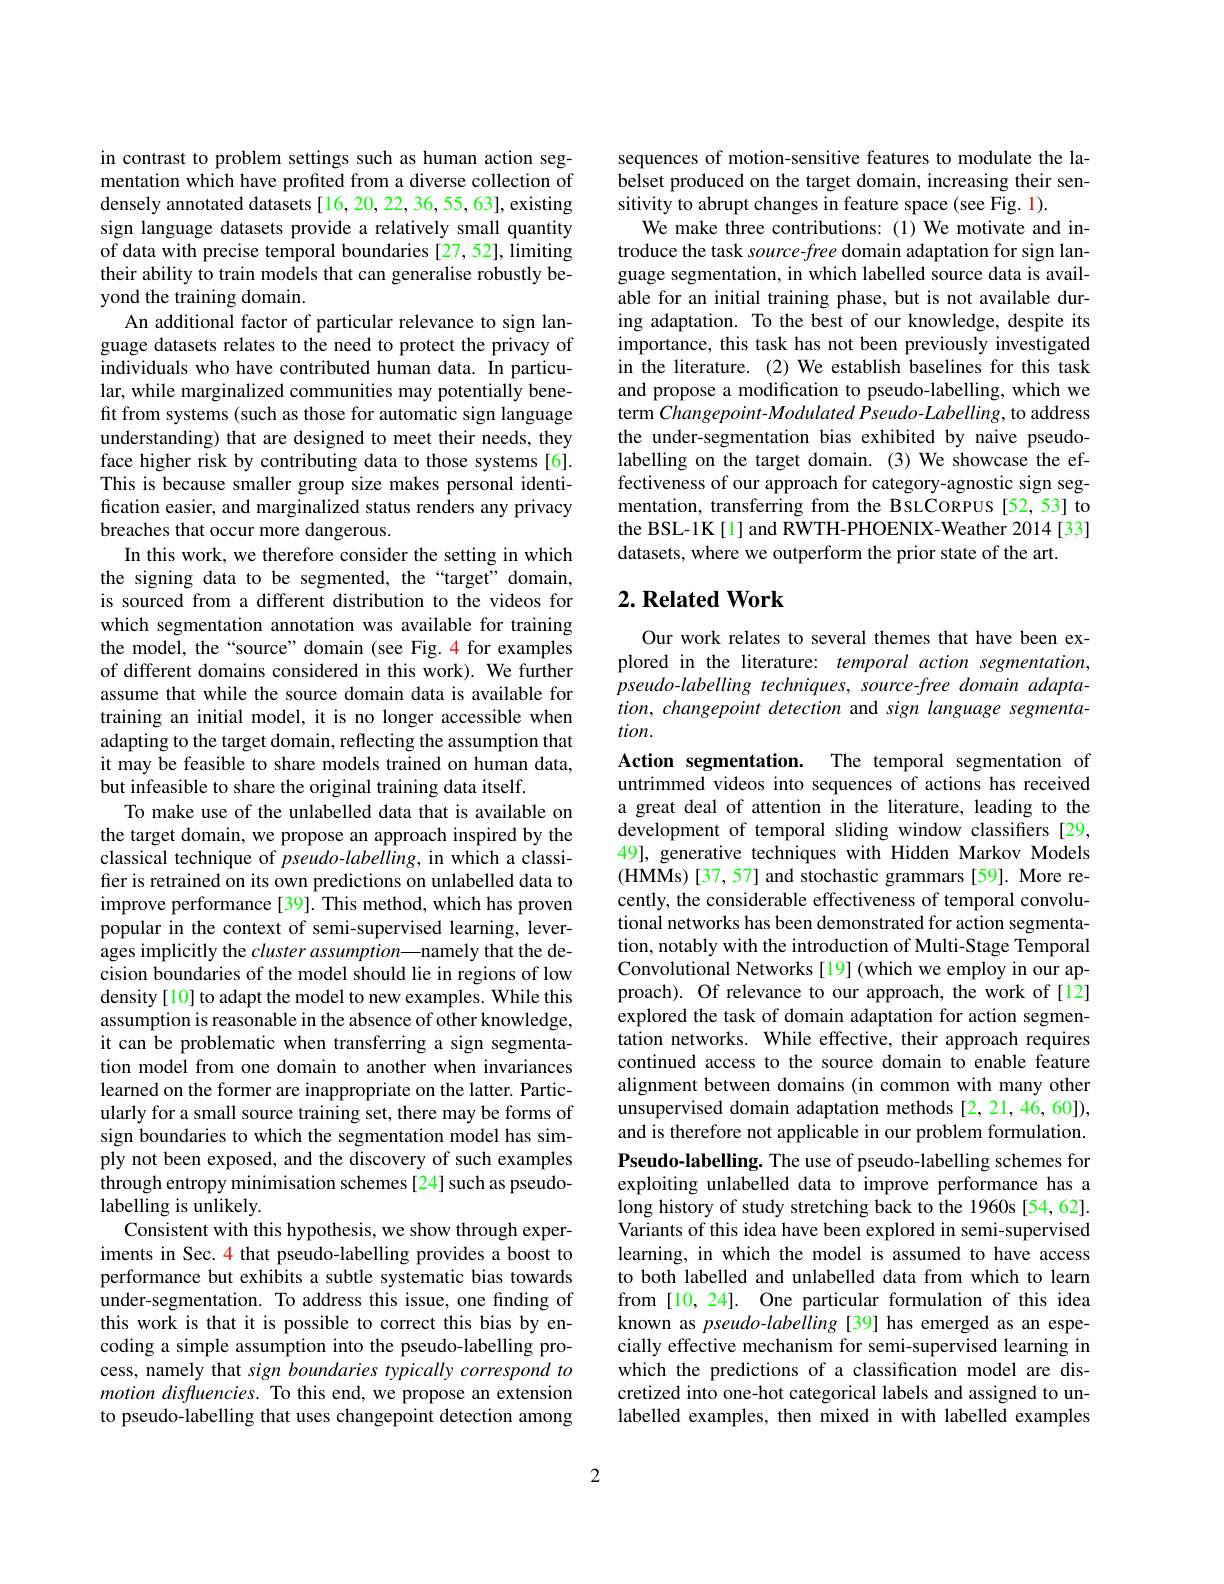
in contrast to problem settings such as human action segmentation which have profited from a diverse collection of densely annotated datasets [16,20,22,36,55,63], existing sign language datasets provide a relatively small quantity of data with precise temporal boundaries [27,52], limiting their ability to train models that can generalise robustly beyond the training domain.
An additional factor of particular relevance to sign language datasets relates to the need to protect the privacy of individuals who have contributed human data. In particular, while marginalized communities may potentially benefit from systems (such as those for automatic sign language understanding) that are designed to meet their needs, they face higher risk by contributing data to those systems [6]. This is because smaller group size makes personal identification easier, and marginalized status renders any privacy breaches that occur more dangerous.
In this work, we therefore consider the setting in which the signing data to be segmented, the “target” domain, is sourced from a different distribution to the videos for which segmentation annotation was available for training the model, the “source” domain (see Fig. 4 for examples of different domains considered in this work). We further assume that while the source domain data is available for training an initial model, it is no longer accessible when adapting to the target domain, reflecting the assumption that it may be feasible to share models trained on human data, but infeasible to share the original training data itself.
To make use of the unlabelled data that is available on the target domain, we propose an approach inspired by the classical technique of pseudo-labelling, in which a classifier is retrained on its own predictions on unlabelled data to improve performance[39]. This method, which has proven popular in the context of semi-supervised learning, leverages implicitly the $clusterassumption—$namely that the decision boundaries of the model should lie in regions of low density [10] to adapt the model to new examples. While this assumption is reasonable in the absence of other knowledge, it can be problematic when transferring a sign segmentation model from one domain to another when invariances learned on the former are inappropriate on the latter. Particularly for a small source training set, there may be forms of sign boundaries to which the segmentation model has simply not been exposed, and the discovery of such examples through entropy minimisation schemes[24] such as pseudolabelling is unlikely.
Consistent with this hypothesis, we show through experiments in Sec. 4 that pseudo-labelling provides a boost to performance but exhibits a subtle systematic bias towards under-segmentation. To address this issue, one finding of this work is that it is possible to correct this bias by encoding a simple assumption into the pseudo-labelling process, namely that sign boundaries typically correspond to motion disfluencies. To this end, we propose an extension to pseudo-labelling that uses changepoint detection among

sequences of motion-sensitive features to modulate the labelset produced on the target domain, increasing their sensitivity to abrupt changes in feature space (see Fig. 1).
We make three contributions: (1) We motivate and introduce the task source-free domain adaptation for sign language segmentation, in which labelled source data is available for an initial training phase, but is not available during adaptation. To the best of our knowledge, despite its importance, this task has not been previously investigated in the literature. (2) We establish baselines for this task and propose a modification to pseudo-labelling, which we term Changepoint-Modulated Pseudo-Labelling, to address the under-segmentation bias exhibited by naive pseudolabelling on the target domain. (3) We showcase the effectiveness of our approach for category-agnostic sign segmentation, transferring from the BSLCORPUS[52,53] to the BSL-1K[1] and RWTH-PHOENIX-Weather 2014[33] datasets, where we outperform the prior state of the art.

## $2. \textbf{Related Work}$

Our work relates to several themes that have been explored in the literature: temporal action segmentation, pseudo-labelling techniques, source-free domain adaptation, changepoint detection and sign language segmenta- $tion.$

Action segmentation.
The temporal segmentation of
untrimmed videos into sequences of actions has received a great deal of attention in the literature, leading to the development of temporal sliding window classifiers [29, 49], generative techniques with Hidden Markov Models (HMMs)[37,57] and stochastic grammars[59]. More recently, the considerable effectiveness of temporal convolutional networks has been demonstrated for action segmentation, notably with the introduction of Multi-Stage Temporal Convolutional Networks [19] (which we employ in our approach). Of relevance to our approach, the work of[12] explored the task of domain adaptation for action segmentation networks. While effective, their approach requires continued access to the source domain to enable feature alignment between domains (in common with many other unsupervised domain adaptation methods[2,21,46,60]), and is therefore not applicable in our problem formulation. Pseudo-labelling. The use of pseudo-labelling schemes for exploiting unlabelled data to improve performance has a long history of study stretching back to the 1960s [54,62]. Variants of this idea have been explored in semi-supervised learning, in which the model is assumed to have access to both labelled and unlabelled data from which to learn from [10,24]. One particular formulation of this idea known as pseudo-labelling [39] has emerged as an especially effective mechanism for semi-supervised learning in which the predictions of a classification model are discretized into one-hot categorical labels and assigned to unlabelled examples, then mixed in with labelled examples

2